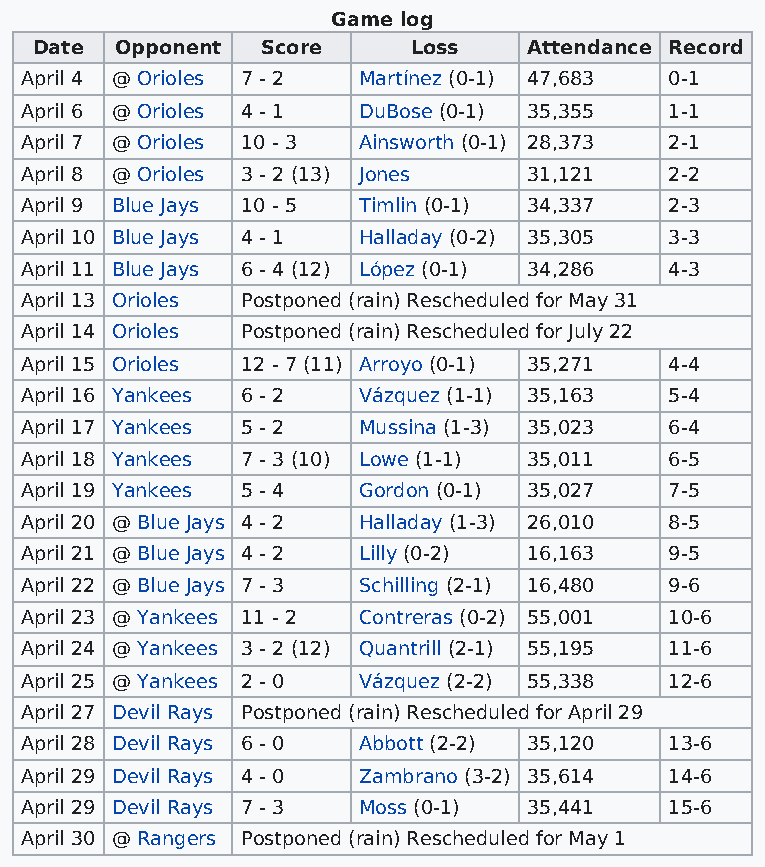
Game log
 Date  Opponent Score     Loss    Attendance Record
 April 4 @ Orioles 7 - 2 Martínez (0-1) 47,683 0-1
 April 6 @ Orioles 4 - 1 DuBose (0-1) 35,355 1-1
 April 7 @ Orioles 10 - 3 Ainsworth (0-1) 28,373 2-1
 April 8 @ Orioles 3 - 2 (13) Jones 31,121  2-2
 April 9 Blue Jays 10 - 5 Timlin (0-1) 34,337 2-3
 April 10 Blue Jays 4 - 1 Halladay (0-2) 35,305 3-3
 April 11 Blue Jays 6 - 4 (12) López (0-1) 34,286 4-3
 April 13 Orioles Postponed (rain) Rescheduled for May 31
 April 14 Orioles Postponed (rain) Rescheduled for July 22
 April 15 Orioles 12 - 7 (11) Arroyo (0-1) 35,271 4-4
 April 16 Yankees 6 - 2 Vázquez (1-1) 35,163 5-4
 April 17 Yankees 5 - 2 Mussina (1-3) 35,023 6-4
 April 18 Yankees 7 - 3 (10) Lowe (1-1) 35,011 6-5
 April 19 Yankees 5 - 4 Gordon (0-1) 35,027 7-5
 April 20 @ Blue Jays 4 - 2 Halladay (1-3) 26,010 8-5
 April 21 @ Blue Jays 4 - 2 Lilly (0-2) 16,163 9-5
 April 22 @ Blue Jays 7 - 3 Schilling (2-1) 16,480 9-6
 April 23 @ Yankees 11 - 2 Contreras (0-2) 55,001 10-6
 April 24 @ Yankees 3 - 2 (12) Quantrill (2-1) 55,195 11-6
 April 25 @ Yankees 2 - 0 Vázquez (2-2) 55,338 12-6
 April 27 Devil Rays Postponed (rain) Rescheduled for April 29
 April 28 Devil Rays 6 - 0 Abbott (2-2) 35,120 13-6
 April 29 Devil Rays 4 - 0 Zambrano (3-2) 35,614 14-6
 April 29 Devil Rays 7 - 3 Moss (0-1) 35,441 15-6
 April 30 @ Rangers Postponed (rain) Rescheduled for May 1